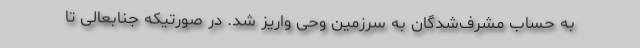
به حساب مشرف‌شدگان به سرزمین وحی واریز شد. در صورتیکه جنابعالی تا